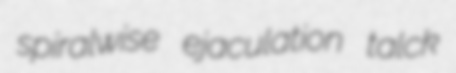
spiralwise ejaculation talck